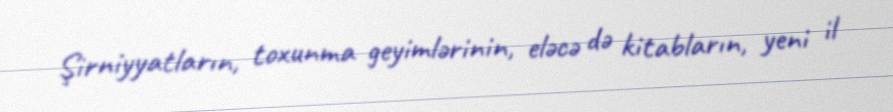
Şirniyyatların, toxunma geyimlərinin, eləcə də kitabların, yeni il